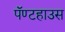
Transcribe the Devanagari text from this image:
पॅण्टहाउस